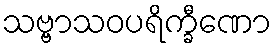
သဗ္ဗာသဝပရိက္ခီဏော